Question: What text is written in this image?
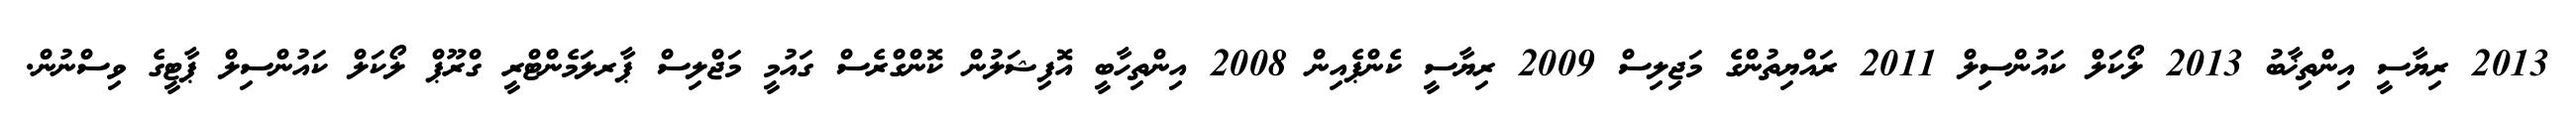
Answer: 2013 ރިޔާސީ އިންތިޚާބު 2013 ލޯކަލް ކައުންސިލް 2011 ރައްޔިތުންގެ މަޖިލިސް 2009 ރިޔާސީ ކެންޕެއިން 2008 އިންތިހާބީ އޮފިޝަލުން ކޮންގްރެސް ގައުމީ މަޖްލިސް ޕާރލަމެންޓްރީ ގްރޫޕް ލޯކަލް ކައުންސިލް ޕާޓީގެ ވިސްނުން.